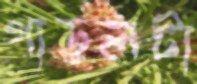
গাড়লটা